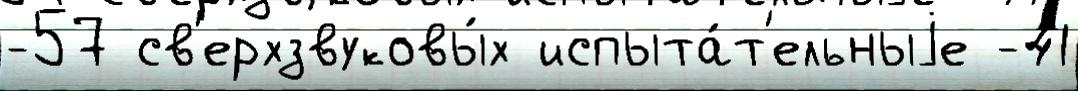
-57 св'ерхзвуковы́х испыта́т'ельныjе -41